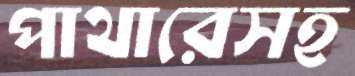
পাথারেসহ